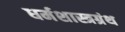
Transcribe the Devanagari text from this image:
धर्मशास्त्रग्रंथ